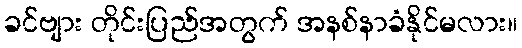
ခင်ဗျား တိုင်းပြည်အတွက် အနစ်နာခံနိုင်မလား။